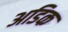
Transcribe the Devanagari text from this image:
अडिक